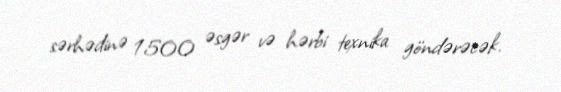
sərhədinə 1500 əsgər və hərbi texnika göndərəcək.